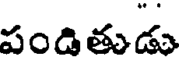
పండితుడు